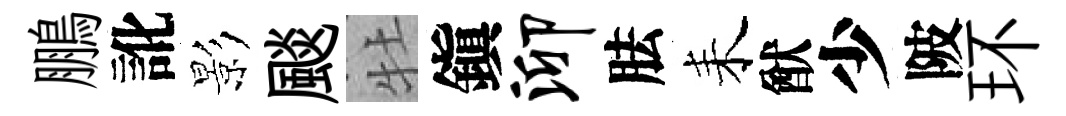
鵬訛影颷牡鎭泖胠耒猷少陂环